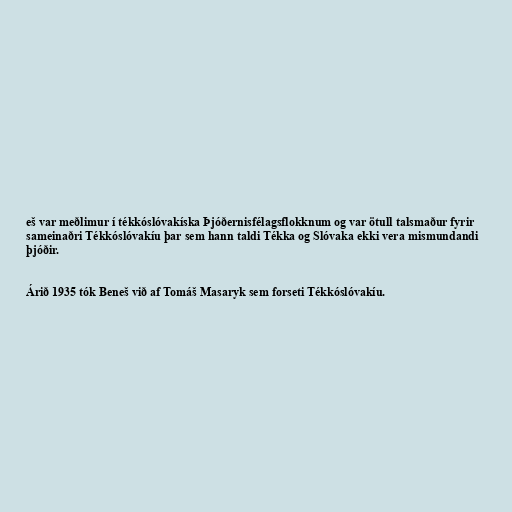
eš var meðlimur í tékkóslóvakíska Þjóðernisfélagsflokknum og var ötull talsmaður fyrir
sameinaðri Tékkóslóvakíu þar sem hann taldi Tékka og Slóvaka ekki vera mismundandi
þjóðir.

Árið 1935 tók Beneš við af Tomáš Masaryk sem forseti Tékkóslóvakíu.